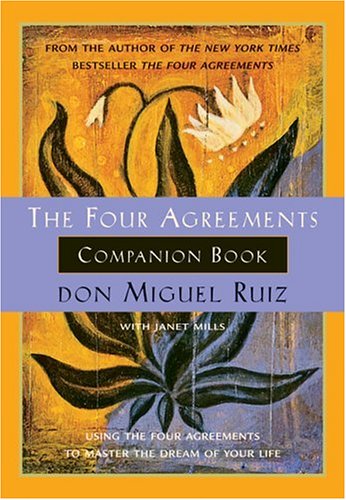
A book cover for The Four Agreements Companion Book: Using the Four Agreements to Master the Dream of Your Life (Toltec Wisdom); don Miguel Ruiz; Self-Help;